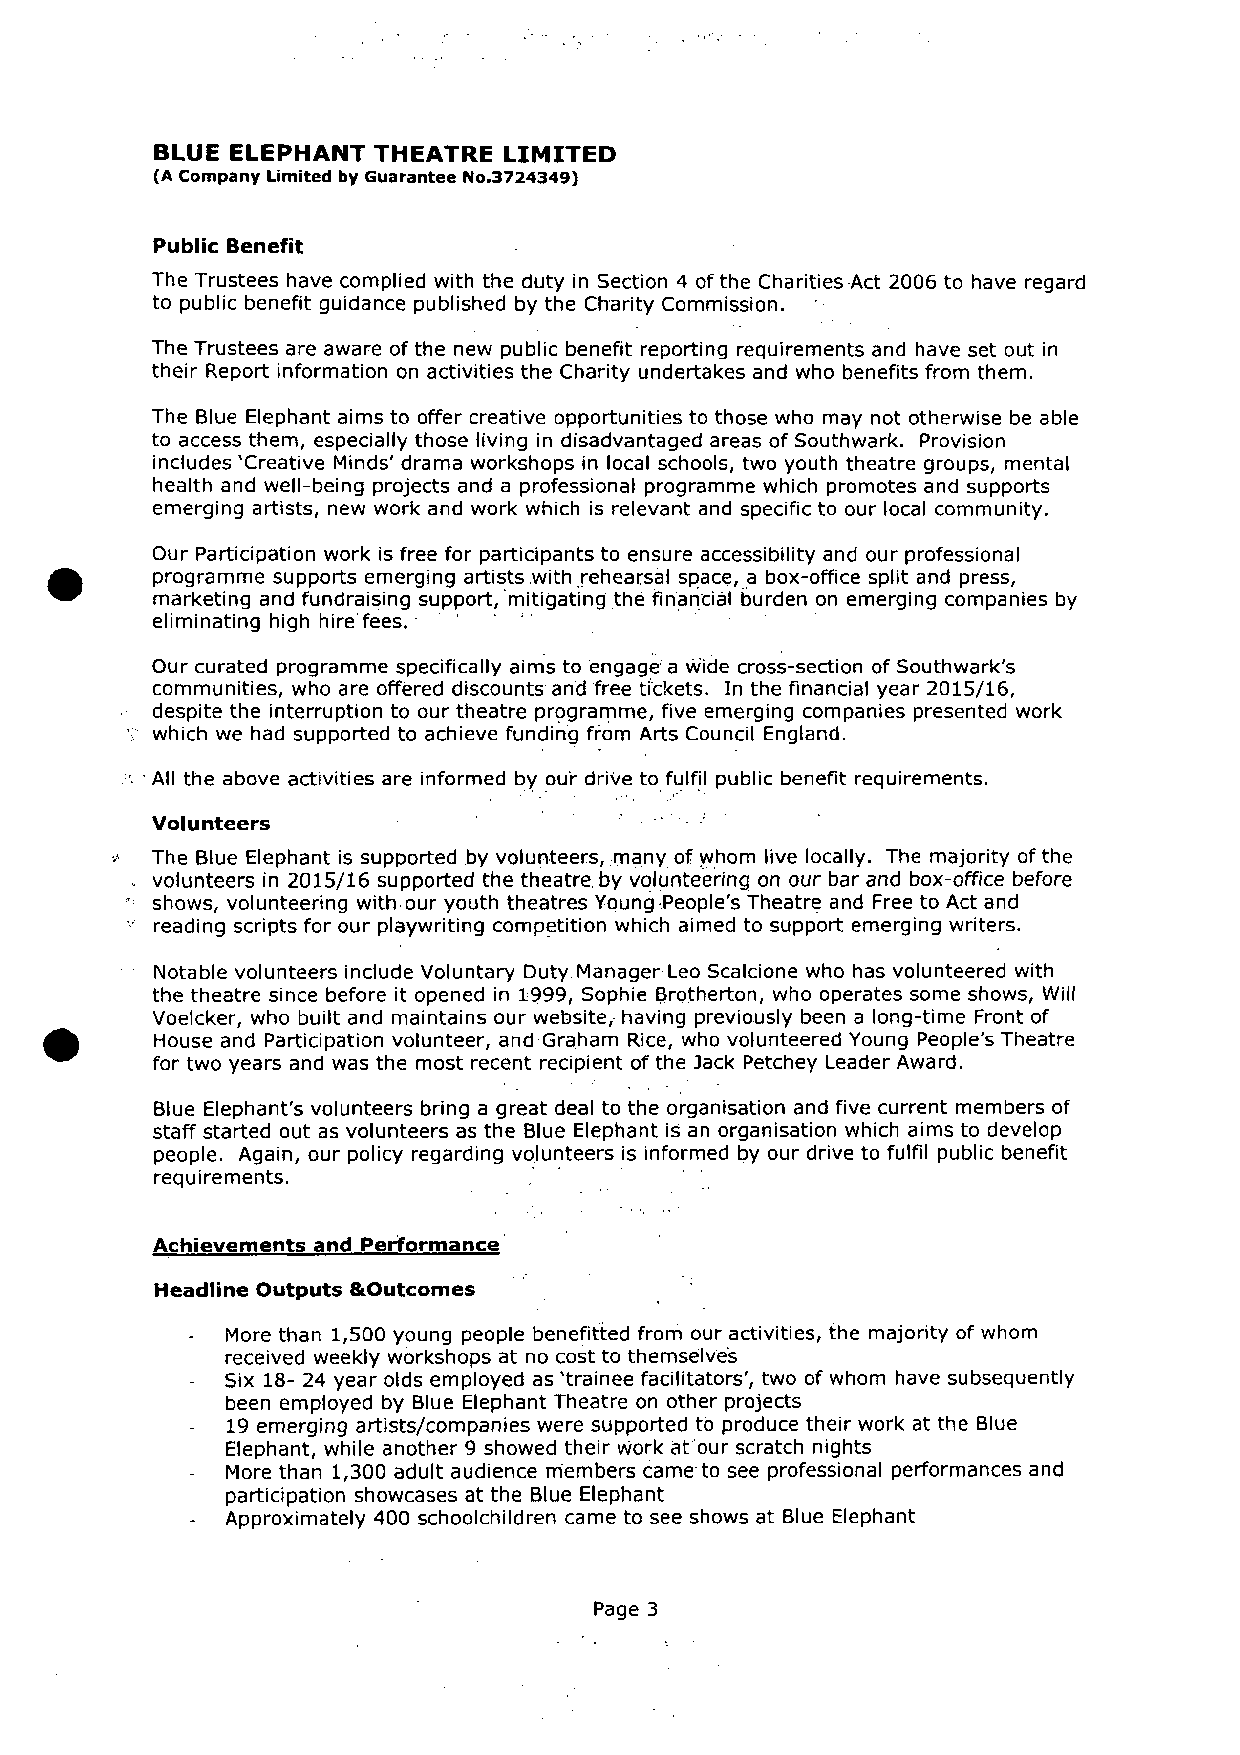
BLUE ELEPHANT  THEATRE LIMITED
 (A Company Limited by Guarantee No.3724349)
 Public Benefit
 The Trustees have complied with the duty in Section 4 of the Charities-Act 2006 to have regard
 to public benefit guidance published by the Charity Commission.
 The Trustees are aware ofthe new public benefit reporting requirements and have set out in
 their Report information on activities the Charity undertakes and who benefits from them.
 The Blue Elephant aims to offer creative opportunities to those who may not otherwise be able
 to access them, especially those living in disadvantaged areas of Southwark. Provision
 includes 'Creative Minds' drama workshops in local schools, two youth theatre groups, mental
 health and well-being projects and a professional programme which promotes and supports
 emerging artists, new work and work which is relevant and specific to our local community.
 Our Participation work is free for participants to ensure accessibility and our professional
 programme supports emerging artists. with rehearsal space, a box-office split and press,
 marketing and fundraising support, mitigating the financial burden on emerging companies by
 eliminating high hire fees.
 Our curated programme specifically aims to engage a w'ide cross-section of Southwark's
 communities, who are offered discounts and free tI'ckets. In the financial year 2015/16,
 despite the interruption to our theatre programme, five emerging companies presented work
 which we had supported to achieve funding from Arts Council England.
 ' All the above activities are informed by our drive to fulfil public benefit requirements.
 Volunteers
 The Blue Elephant is supported by volunteers, many of: whom live locally. The majority of the
 volunteers in 2015/16 supported the theatre. by volunteering on our bar and box-office before
 shows, volunteering with our youth theatres Young.People's Theatre and Free to Act and
 reading scripts for our playwriting competition which aimed to support emerging writers.
 Notable volunteers include Voluntary Duty. Manager Leo Scalcione who has volunteered with
 the theatre since before it opened in 1999,Sophie Brotherton, who operates some shows, Will
 Voelcker, who built and maintains our website, having previously been a long-time Front of
 House and Participation volunteer, and Graham Rice, who volunteered Young People's Theatre
 for two years and was the most recent recipient of the jack Petchey Leader Award.
 Blue Elephant's volunteers bring a great deal to the organisation and five current members of
 staff started out as volunteers as the Blue Elephant is an organisation which aims to develop
 people. Again, our policy regarding volunteers is informed by our drive to fulfil public benefit
 requirements.
 Achievements and Performance
 Headline Outputs &Outcomes
 More than 1,500 young people benefitted from our activities, the majority of whom
 received weekly workshops at no cost to themselv'es
 Six 18- 24 year olds employed as 'trainee facilitators', two of whom have subsequently
 been employed by Blue Elephant Theatre on other projects
 19emerging artists/companies were supported to produce their work at the Blue
 Elephant, while another 9 showed their w'ork at'our scratch nights
 More than 1,300 adult audience members came to see professional performances and
 participation showcases at the Blue Elephant
 Approximately 400 schoolchildren came to see shows at Blue Elephant
 Page 3